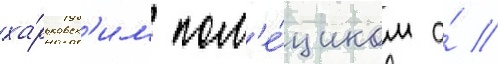
ха́рьковск'им пом'е́щиком а́ //